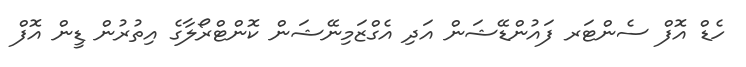
ހެޑް އޮފް ސެންޓަރ ފައުންޑޭޝަން އަދި އެގްޒަމިނޭޝަން ކޮންޓްރޯލާގެ އިތުރުން ޑީން އޮފް